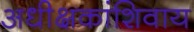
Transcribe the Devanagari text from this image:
अधीक्षकांशिवाय